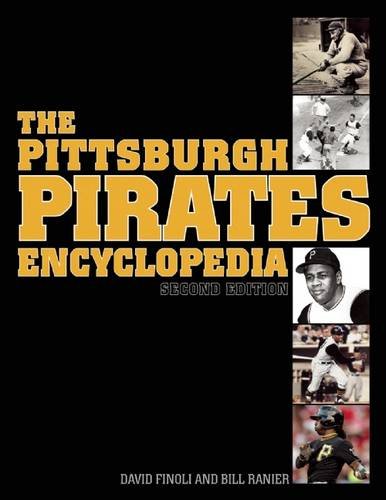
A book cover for The Pittsburgh Pirates Encyclopedia: Second Edition; David Finoli; Reference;